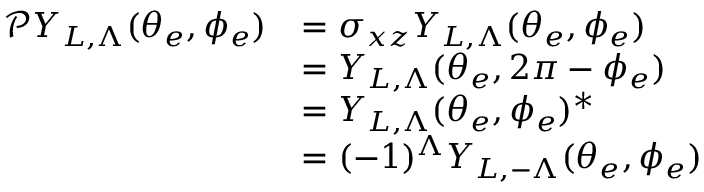
\begin{array} { r l } { \mathcal { P } Y _ { L , \Lambda } ( \theta _ { e } , \phi _ { e } ) } & { = \sigma _ { x z } Y _ { L , \Lambda } ( \theta _ { e } , \phi _ { e } ) } \\ & { = Y _ { L , \Lambda } ( \theta _ { e } , 2 \pi - \phi _ { e } ) } \\ & { = Y _ { L , \Lambda } ( \theta _ { e } , \phi _ { e } ) ^ { * } } \\ & { = ( - 1 ) ^ { \Lambda } Y _ { L , - \Lambda } ( \theta _ { e } , \phi _ { e } ) } \end{array}